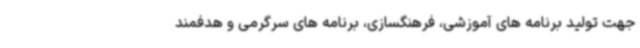
جهت تولید برنامه های آموزشی، فرهنگسازی، برنامه های سرگرمی و هدفمند